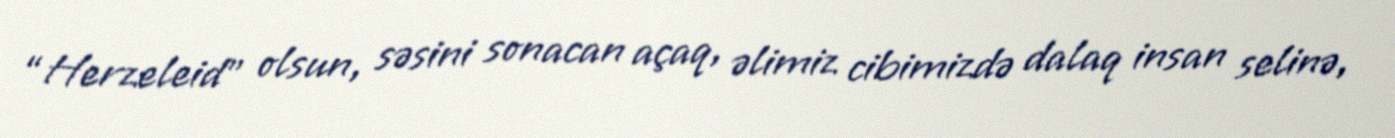
“Herzeleid” olsun, səsini sonacan açaq, əlimiz cibimizdə dalaq insan selinə,